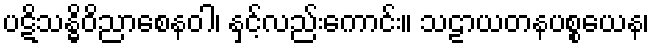
ပဋိသန္ဓိဝိညာစေနဝါ၊ နှင့်လည်းကောင်း။ သဠာယတနပစ္စယေန၊